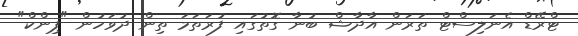
ޓްރޭޑް އެނަލިސްޓް ތަރަން އާދާޝް ބުނާ ގޮތުގައި ފުރަތަމަ ތިން ދުވަހުން "ޕިންކް"